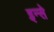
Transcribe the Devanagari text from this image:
इन्से